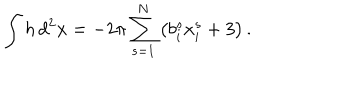
\int h \, d ^ { 2 } x = - 2 \pi \sum _ { s = 1 } ^ { N } \left( b _ { i } ^ { s } x _ { i } ^ { s } + 3 \right) .